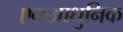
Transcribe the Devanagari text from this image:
एकआधुनिक